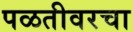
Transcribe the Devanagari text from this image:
पळतीवरचा